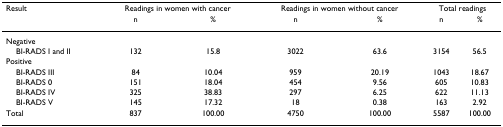
| Result | <COLSPAN=2> Readings in women with cancer | <COLSPAN=2> Readings in women without cancer | <COLSPAN=2> Total readings |
 |  | n | % | n | % | n | % |
 | --- | --- | --- | --- | --- | --- | --- |
 | Negative |  |  |  |  |  |  |
 | BI-RADS I and II | 132 | 15.8 | 3022 | 63.6 | 3154 | 56.5 |
 | Positive |  |  |  |  |  |  |
 | BI-RADS III | 84 | 10.04 | 959 | 20.19 | 1043 | 18.67 |
 | BI-RADS 0 | 151 | 18.04 | 454 | 9.56 | 605 | 10.83 |
 | BI-RADS IV | 325 | 38.83 | 297 | 6.25 | 622 | 11.13 |
 | BI-RADS V | 145 | 17.32 | 18 | 0.38 | 163 | 2.92 |
 | Total | 837 | 100.00 | 4750 | 100.00 | 5587 | 100.00 |